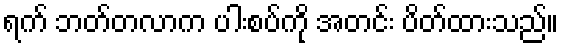
ရက် ဘတ်တလာက ပါးစပ်ကို အတင်း ပိတ်ထားသည်။